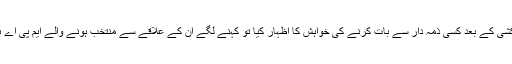
حسب روایت فوٹیج اور تصویر کشی کے بعد کسی ذمہ دار سے بات کرنے کی خواہش کا اظہار کیا تو کہنے لگے ان کے علاقے سے منتخب ہونے والے ایم پی اے بھی اسی دھرنے میں موجود ہیں۔